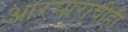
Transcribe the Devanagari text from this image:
आरमाराचीही